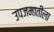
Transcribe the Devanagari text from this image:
उपजमातीला